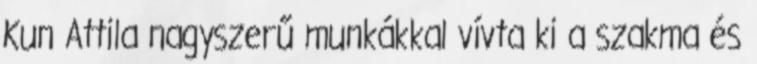
Kun Attila nagyszerű munkákkal vívta ki a szakma és